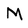
Character: M